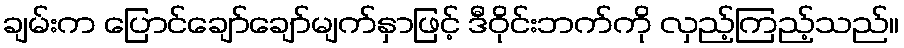
ချမ်းက ပြောင်ချော်ချော်မျက်နှာဖြင့် ဒီဝိုင်းဘက်ကို လှည့်ကြည့်သည်။